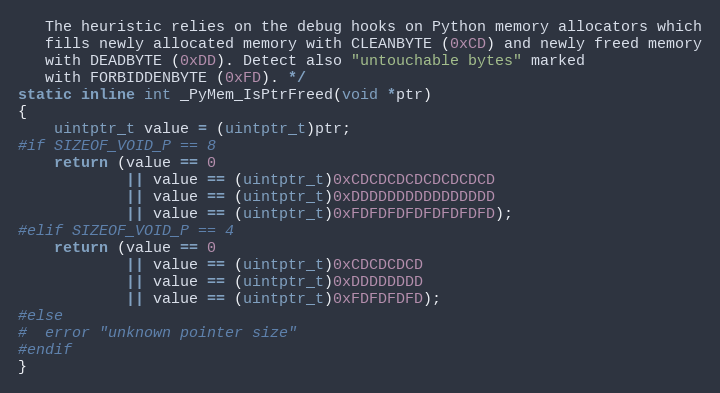
Language: C
   The heuristic relies on the debug hooks on Python memory allocators which
   fills newly allocated memory with CLEANBYTE (0xCD) and newly freed memory
   with DEADBYTE (0xDD). Detect also "untouchable bytes" marked
   with FORBIDDENBYTE (0xFD). */
static inline int _PyMem_IsPtrFreed(void *ptr)
{
    uintptr_t value = (uintptr_t)ptr;
#if SIZEOF_VOID_P == 8
    return (value == 0
            || value == (uintptr_t)0xCDCDCDCDCDCDCDCD
            || value == (uintptr_t)0xDDDDDDDDDDDDDDDD
            || value == (uintptr_t)0xFDFDFDFDFDFDFDFD);
#elif SIZEOF_VOID_P == 4
    return (value == 0
            || value == (uintptr_t)0xCDCDCDCD
            || value == (uintptr_t)0xDDDDDDDD
            || value == (uintptr_t)0xFDFDFDFD);
#else
#  error "unknown pointer size"
#endif
}